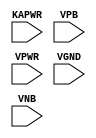
module sky130_fd_sc_lp__decapkapwr (
    //# {{power|Power}}
    input KAPWR,
    input VPB  ,
    input VPWR ,
    input VGND ,
    input VNB
);
endmodule